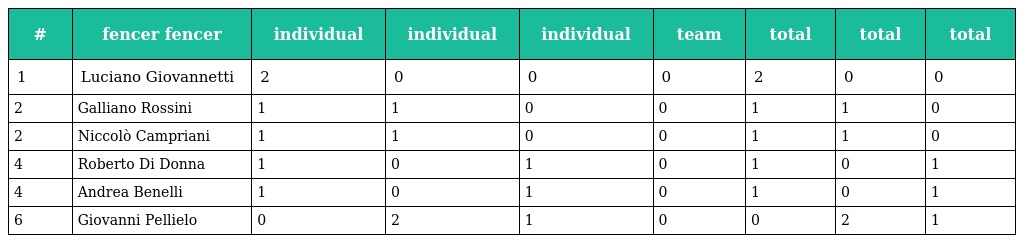
| # | fencer fencer | individual | individual | individual | team | total | total | total |
 | --- | --- | --- | --- | --- | --- | --- | --- | --- |
 | 1 | Luciano Giovannetti | 2 | 0 | 0 | 0 | 2 | 0 | 0 |
 | 2 | Galliano Rossini | 1 | 1 | 0 | 0 | 1 | 1 | 0 |
 | 2 | Niccolò Campriani | 1 | 1 | 0 | 0 | 1 | 1 | 0 |
 | 4 | Roberto Di Donna | 1 | 0 | 1 | 0 | 1 | 0 | 1 |
 | 4 | Andrea Benelli | 1 | 0 | 1 | 0 | 1 | 0 | 1 |
 | 6 | Giovanni Pellielo | 0 | 2 | 1 | 0 | 0 | 2 | 1 |